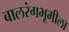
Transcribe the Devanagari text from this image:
बालरंगभूमीला